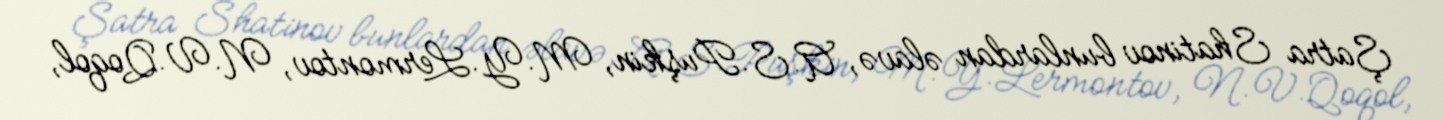
Şatra Shatinov bunlardan əlavə, A.S.Puşkin, M.Y.Lermontov, N.V.Qoqol,